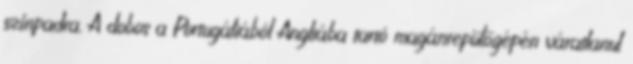
színpadra. A dobos a Portugáliából Angliába tartó magánrepülőgépén váratlanul